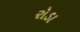
રોડા